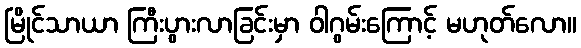
မြိုင်သာယာ ကြီးပွားလာခြင်းမှာ ဝါဂွမ်းကြောင့် မဟုတ်လော။